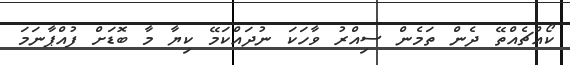
ކޯއްޗެއްތޭ ދެން ތަމެން ސިއްރު ވާހަކަ ނުދައްކަމޭ ކިޔާ މާ ބޮޑަށް ފުއްޕާނަމަ